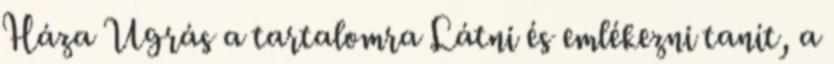
Háza Ugrás a tartalomra Látni és emlékezni tanít, a